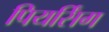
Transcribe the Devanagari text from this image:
पियर्सिंग